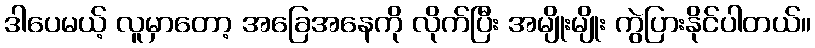
ဒါပေမယ့် လူမှာတော့ အခြေအနေကို လိုက်ပြီး အမျိုးမျိုး ကွဲပြားနိုင်ပါတယ်။